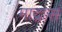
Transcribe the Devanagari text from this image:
माद्रास